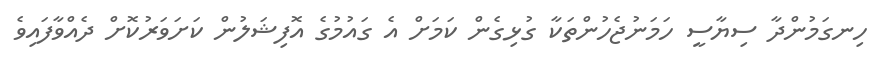
ހިނގަމުންދާ ސިޔާސީ ހަމަނުޖެހުންތަކާ ގުޅިގެން ކަމަށް އެ ގައުމުގެ އޮފިޝަލުން ކަށަވަރުކޮށް ދެއްވާފައިވެ